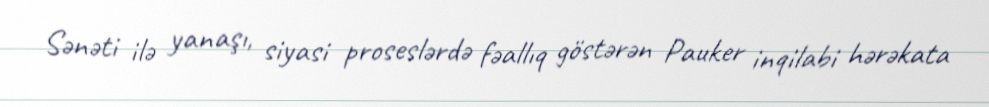
Sənəti ilə yanaşı, siyasi proseslərdə fəallıq göstərən Pauker inqilabi hərəkata